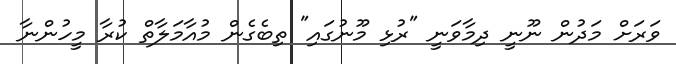
ވަރަށް މަދުން ނޫނީ ދިމާވަނީ "ރުޅި މޫނުގައި" ތިބެގެން މުއާމަލާތް ކުރާ މީހުންނާ